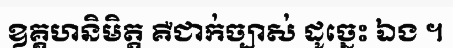
ឧគ្គហនិមិត្ត គឺជាក់ច្បាស់ ដូច្នេះ ឯង ។